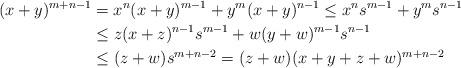
LaTeX: \begin{align*}(x+y)^{m+n-1} &= x^n(x+y)^{m-1} + y^m(x+y)^{n-1} \leq x^ns^{m-1} + y^ms^{n-1}\\&\leq z(x+z)^{n-1}s^{m-1} + w (y+w)^{m-1}s^{n-1}\\&\leq (z+w)s^{m+n-2} = (z+w)(x+y+z+w)^{m+n-2}\end{align*}